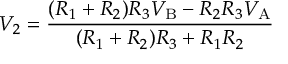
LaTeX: V _ { 2 } = { \frac { ( R _ { 1 } + R _ { 2 } ) R _ { 3 } V _ { \mathrm { B } } - R _ { 2 } R _ { 3 } V _ { \mathrm { A } } } { ( R _ { 1 } + R _ { 2 } ) R _ { 3 } + R _ { 1 } R _ { 2 } } }